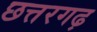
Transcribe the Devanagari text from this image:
छत्तरगढ़